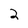
Character: 2